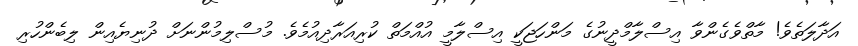
އަދާލަތެވެ! މާތްވެގެންވާ އިސްލާމްދީނުގެ މަންހަޖަކީ އިސްލާމީ އުއްމަތް ކުރިއަރާދިއުމެވެ. މުސްލިމުންނަށް ދުނިޔެއިން ލިބެންހުރި